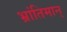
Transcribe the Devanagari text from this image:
भ्रांतिमान्